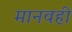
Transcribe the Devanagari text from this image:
मानवही